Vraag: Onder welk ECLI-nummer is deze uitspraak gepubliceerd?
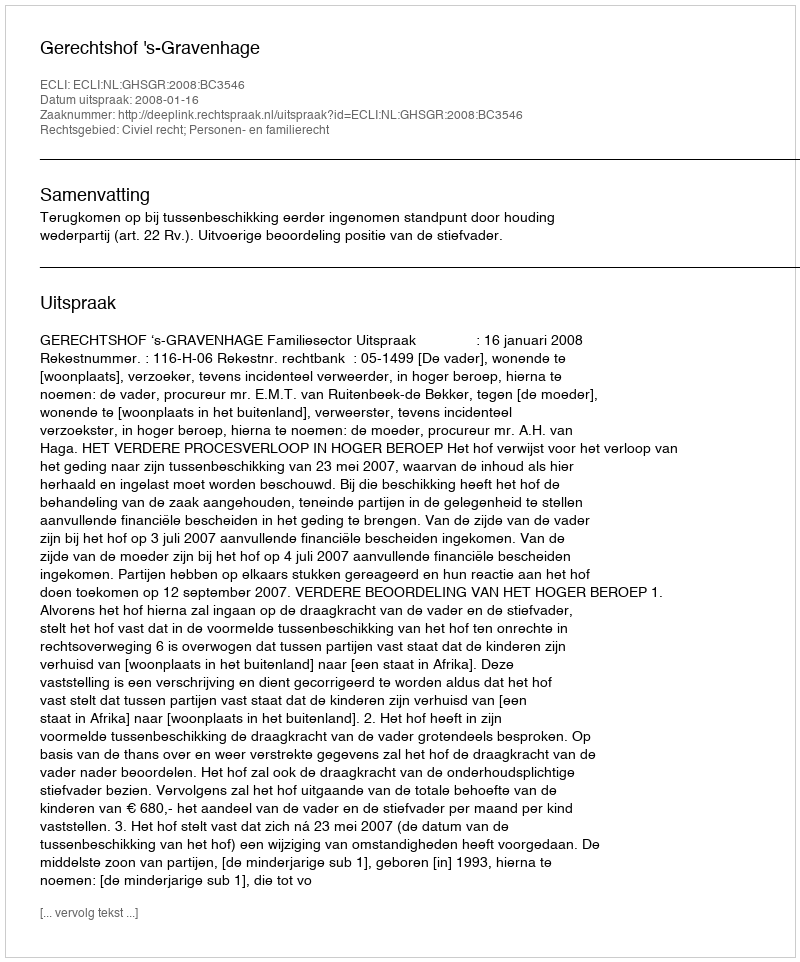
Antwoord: ECLI:NL:GHSGR:2008:BC3546